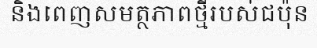
និងពេញសមត្ថភាពថ្មីរបស់ជប៉ុន